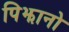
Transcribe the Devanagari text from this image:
पिझानो